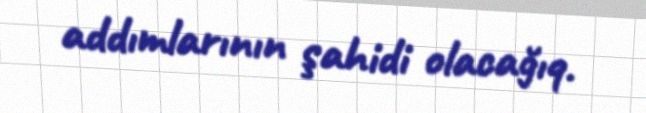
addımlarının şahidi olacağıq.